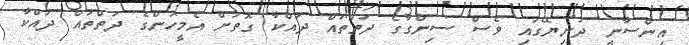
އިންސާނީ ދުނިޔޭގައި ވެސް ސިންގާގެ ދަތްތައް ދައްކާ ގޮތަށް އެމީހުންގެ ދަތްތައް ދައްކާ